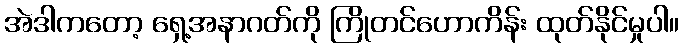
အဲဒါကတော့ ရှေ့အနာဂတ်ကို ကြိုတင်ဟောကိန်း ထုတ်နိုင်မှုပါ။